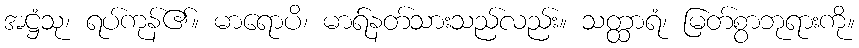
အဋ္ဌံသု၊ ရပ်ကုန်၏။ မာရောပိ၊ မာရ်နတ်သားသည်လည်း။ သတ္ထာရံ၊ မြတ်စွာဘုရားကို။